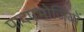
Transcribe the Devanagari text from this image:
पादपभोजियों